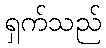
ရှက်သည်